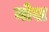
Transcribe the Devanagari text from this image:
नोख